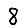
Digit: 8